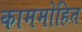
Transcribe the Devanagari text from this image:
काममोहित